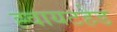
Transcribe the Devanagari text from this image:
ह्वायटहेड